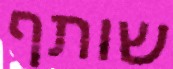
שותף